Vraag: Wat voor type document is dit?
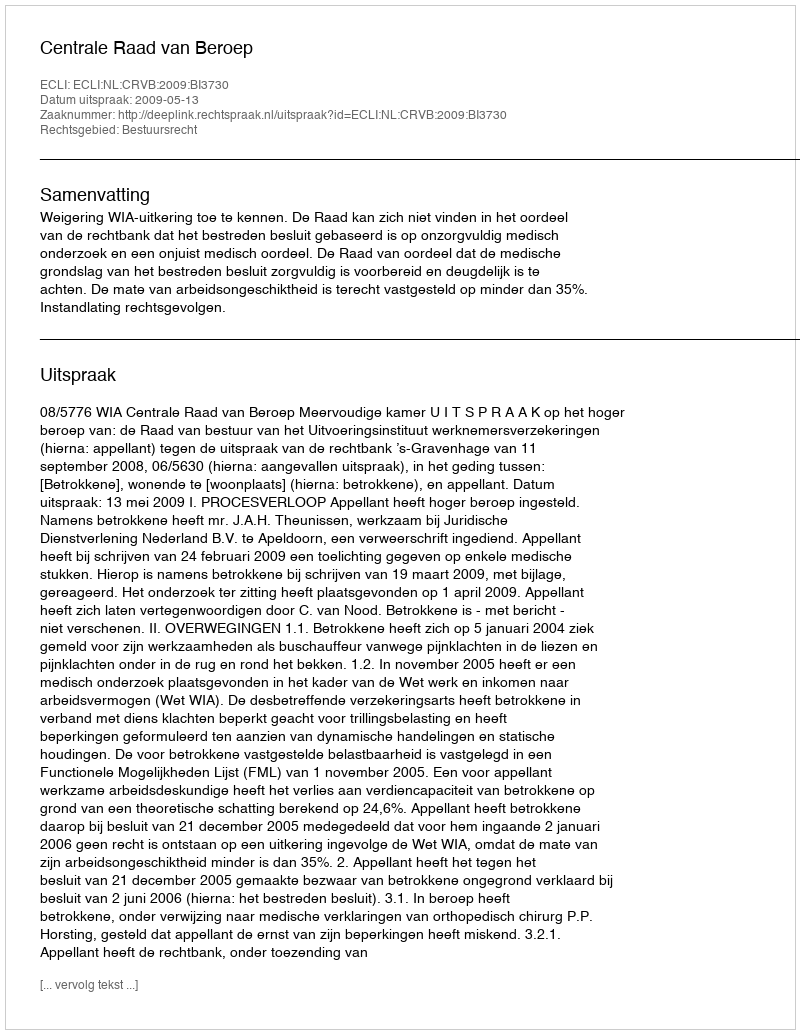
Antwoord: Uitspraak